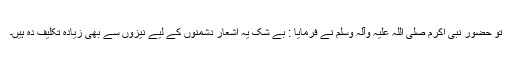
تو حضور نبی اکرم صلی اللہ علیہ وآلہ وسلم نے فرمایا : بے شک یہ اشعار دشمنوں کے لیے نیزوں سے بھی زیادہ تکلیف دہ ہیں۔